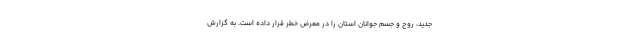
جدید، روح و جسم جوانان استان را در معرض خطر قرار داده است. به گزارش